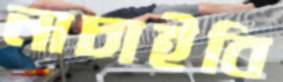
নাচাইবি